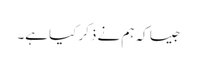
جیسا کہ ہم نے ذکر کیا ہے۔